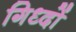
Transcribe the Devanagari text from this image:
गिध्दों